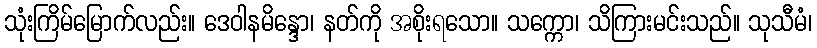
သုံးကြိမ်မြောက်လည်း။ ဒေဝါနမိန္ဒော၊ နတ်ကို အစိုးရသော။ သက္ကော၊ သိကြားမင်းသည်။ သုသီမံ၊